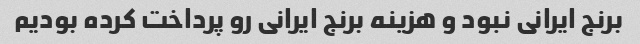
برنج ایرانی نبود و هزینه برنج ایرانی رو پرداخت کرده بودیم